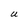
Character: U